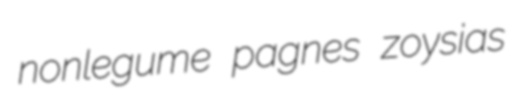
nonlegume pagnes zoysias